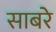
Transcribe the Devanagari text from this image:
साबरे